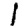
Digit: 1